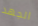
الجهد